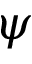
\psi